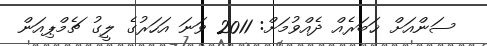
ސަންއަށް ޚަބަރެއް ދެއްވުމަށް: 2011 ވަނަ އަހަރުގެ ލީގު ޗެމްޕިއަން